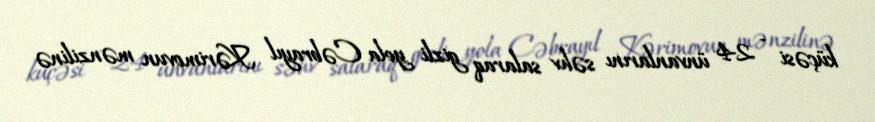
küçəsi - 24 ünvanlarını səhv salaraq gizli yola Cəbrayıl Kərimovun mənzilinə